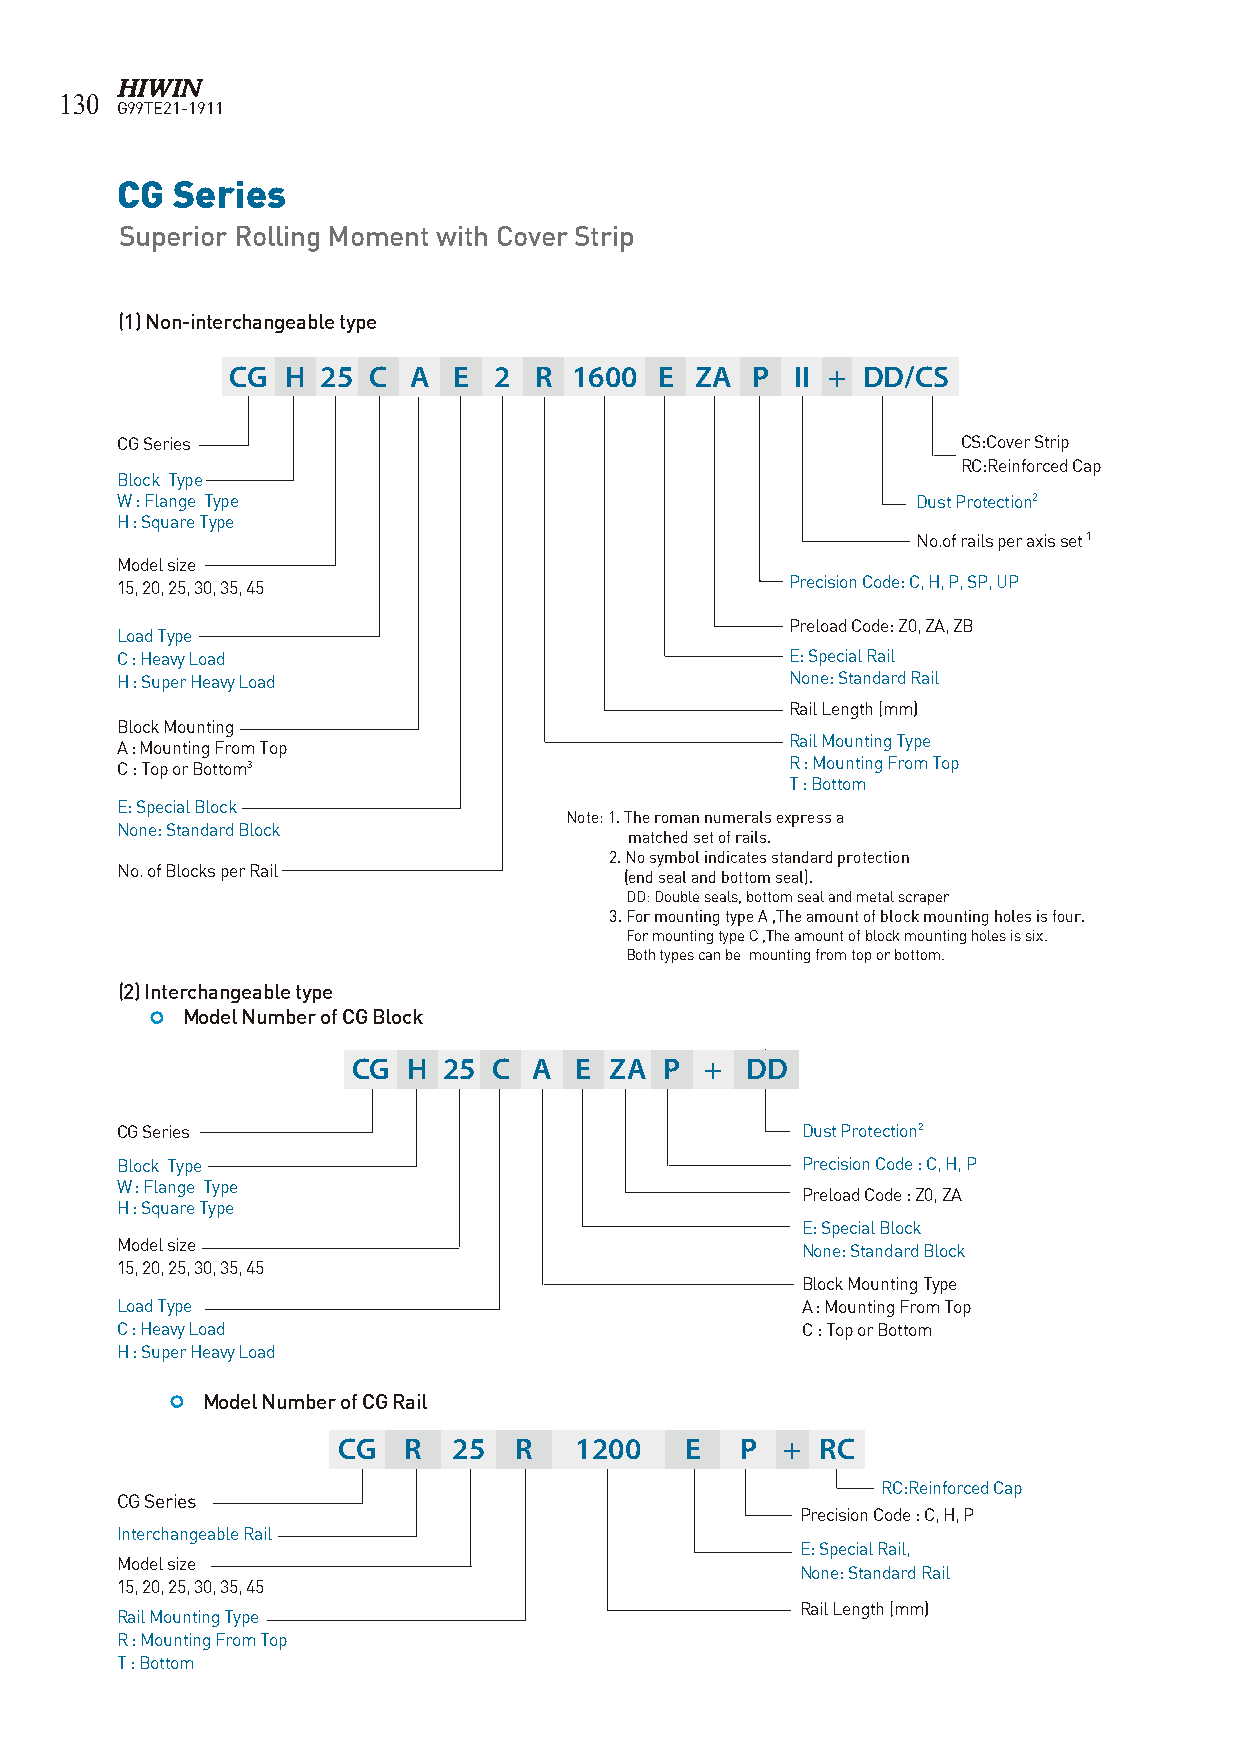
130
 G99TE21-1911
 CG Series
 Superior Rolling Moment with Cover Strip
 (1) Non-interchangeable type
 CG  H 25 C  A  E  2 R  1600  E ZA  P  II + DD/CS
 CG Series                                               CS:Cover Strip
 RC:Reinforced Cap
 Block Type
 W : Flange Type                                      Dust Protection2
 H : Square Type
 No.of rails per axis set 1
 Model size
 15, 20, 25, 30, 35, 45                      Precision Code: C, H, P, SP, UP
 Preload Code: Z0, ZA, ZB
 Load Type
 C : Heavy Load                              E: Special Rail
 H : Super Heavy Load                        None: Standard Rail
 Rail Length (mm)
 Block Mounting
 Rail Mounting Type
 A : Mounting From Top
 C : Top or Bottom3                          R : Mounting From Top
 T : Bottom
 E: Special Block
 Note: 1. The roman numerals express a
 None: Standard Block
 matched set of rails.
 2. No symbol indicates standard protection
 No. of Blocks per Rail
 (end seal and bottom seal).
 DD: Double seals, bottom seal and metal scraper
 3. For mounting type A ,The amount of block mounting holes is four.
 For mounting type C ,The amount of block mounting holes is six.
 Both types can be mounting from top or bottom.
 (2) Interchangeable type
  Model Number of CG Block
 CG  H 25  C A  E ZA  P  + DD
 CG Series                                    Dust Protection2
 Block Type                                   Precision Code : C, H, P
 W : Flange Type
 Preload Code : Z0, ZA
 H : Square Type
 E: Special Block
 Model size                                   None: Standard Block
 15, 20, 25, 30, 35, 45
 Block Mounting Type
 Load Type                                    A : Mounting From Top
 C : Heavy Load                               C : Top or Bottom
 H : Super Heavy Load
  Model Number of CG Rail
 CG   R  25  R   1200   E   P  + RC
 RC:Reinforced Cap
 CG Series
 Precision Code : C, H, P
 Interchangeable Rail
 E: Special Rail,
 Model size
 None: Standard Rail
 15, 20, 25, 30, 35, 45
 Rail Length (mm)
 Rail Mounting Type
 R : Mounting From Top
 T : Bottom